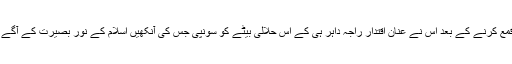
راجہ داہر کا قلع قمع کرنے کے بعد اس نے عنان اقتدار راجہ داہر ہی کے اس حلالی بیٹے کو سونپی جس کی آنکھیں اسلام کے نورِ بصیرت کے آگے چندھیا گئی تھیں۔